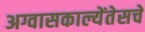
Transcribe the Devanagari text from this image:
अग्वासकाल्येंतेसचे